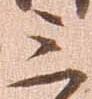
三